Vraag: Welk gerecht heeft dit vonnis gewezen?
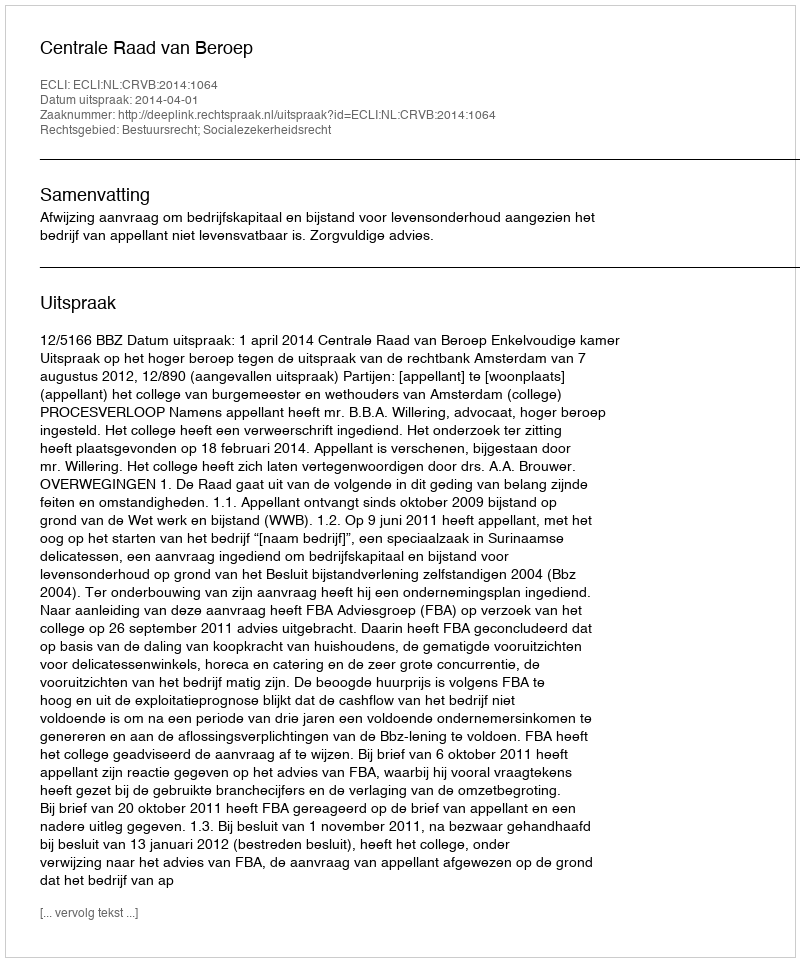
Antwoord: Centrale Raad van Beroep